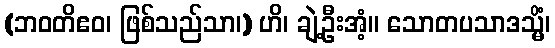
(ဘဝတိဧဝ၊ ဖြစ်သည်သာ၊) ဟိ၊ ချဲ့ဦးအံ့။ သောတပသာဒသ္မိံ၊